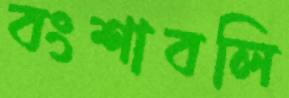
বংশাবলি